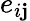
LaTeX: e_{i\mathbf{j}}